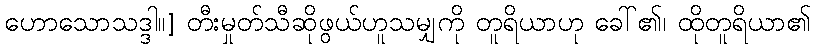
ဟောသောသဒ္ဒါ။] တီးမှုတ်သီဆိုဖွယ်ဟူသမျှကို တူရိယာဟု ခေါ်၏၊ ထိုတူရိယာ၏